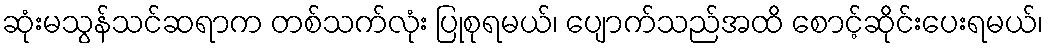
ဆုံးမသွန်သင်ဆရာက တစ်သက်လုံး ပြုစုရမယ်၊ ပျောက်သည်အထိ စောင့်ဆိုင်းပေးရမယ်၊